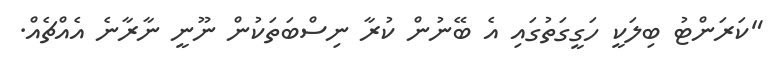
"ކަރަންޓު ބިލަކީ ހަގީގަތުގައި އެ ބޭނުން ކުރާ ނިސްބަތަކުން ނޫނީ ނާރާނެ އެއްޗެއް.